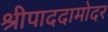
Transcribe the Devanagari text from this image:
श्रीपाददामोदर